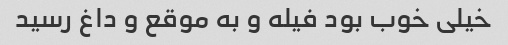
خیلی خوب بود فیله و به موقع و داغ رسید